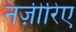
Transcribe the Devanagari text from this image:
नज़ीरिए